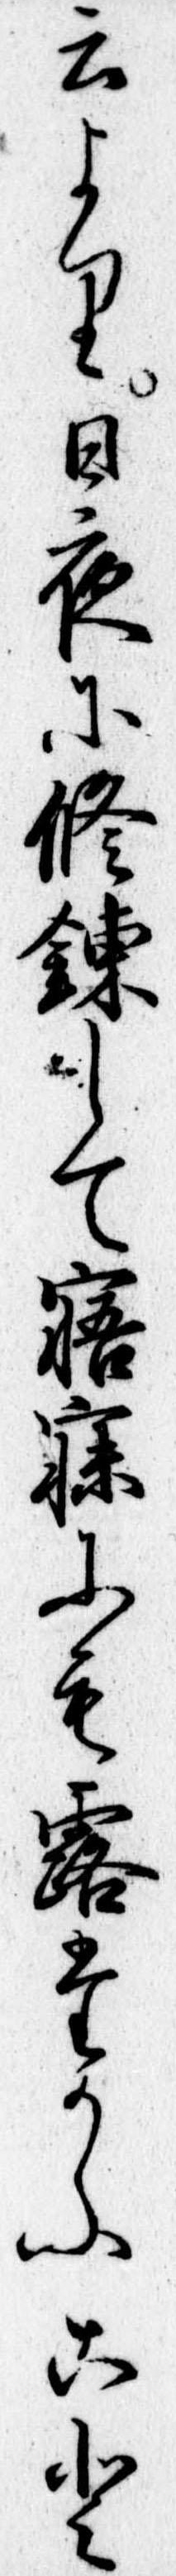
云より日夜に修錬して寤寐にも露たかふこと